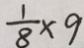
\frac { 1 } { 8 } \times 9